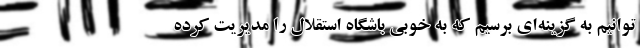
توانیم به گزینه‌ای برسیم که به خوبی باشگاه استقلال را مدیریت کرده